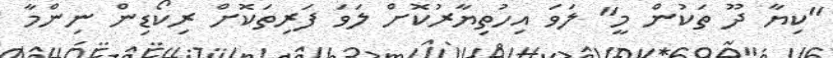
"ކިޔާ ދޫ ތަކުން މީ" ލަވަ އިހުތިޔާރުކޮށް ލަވަ ފަރިތަކޮށް ރިކޯޑިން ނިންމާ